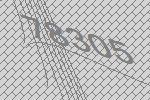
78305